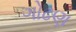
ગોઢણ